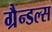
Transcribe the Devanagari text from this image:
ग्रैन्डल्स